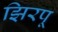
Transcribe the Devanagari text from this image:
झिरपू